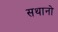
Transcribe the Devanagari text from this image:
सथानो